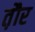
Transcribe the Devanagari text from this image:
त़ौर